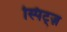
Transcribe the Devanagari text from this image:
स्पिट्ज़